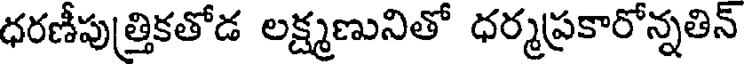
ధరణీపుత్రికతోడ లక్ష్మణునితో ధర్మప్రకారోన్నతిన్